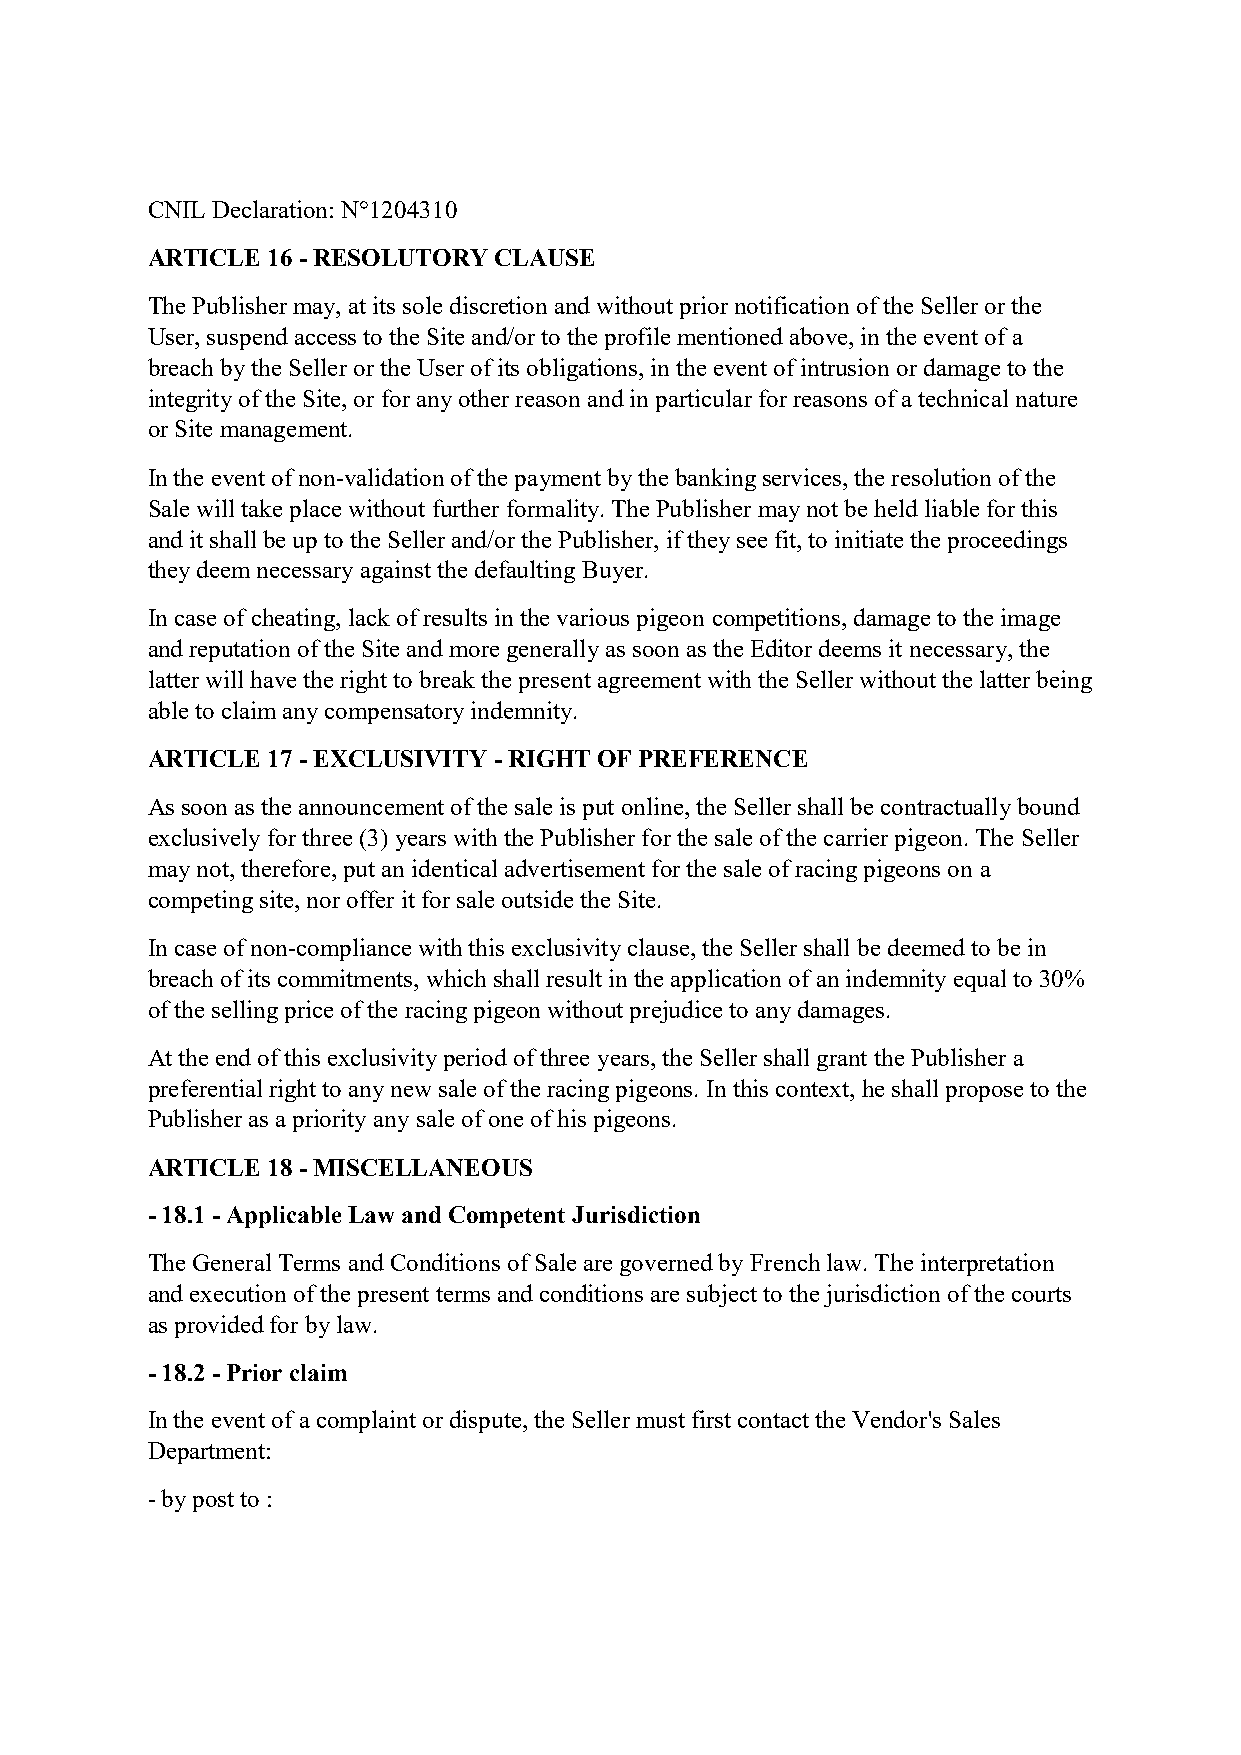
CNIL Declaration: N°1204310
 ARTICLE 16 - RESOLUTORY CLAUSE
 The Publisher may, at its sole discretion and without prior notification of the Seller or the
 User, suspend access to the Site and/or to the profile mentioned above, in the event of a
 breach by the Seller or the User of its obligations, in the event of intrusion or damage to the
 integrity of the Site, or for any other reason and in particular for reasons of a technical nature
 or Site management.
 In the event of non-validation of the payment by the banking services, the resolution of the
 Sale will take place without further formality. The Publisher may not be held liable for this
 and it shall be up to the Seller and/or the Publisher, if they see fit, to initiate the proceedings
 they deem necessary against the defaulting Buyer.
 In case of cheating, lack of results in the various pigeon competitions, damage to the image
 and reputation of the Site and more generally as soon as the Editor deems it necessary, the
 latter will have the right to break the present agreement with the Seller without the latter being
 able to claim any compensatory indemnity.
 ARTICLE 17 - EXCLUSIVITY - RIGHT OF PREFERENCE
 As soon as the announcement of the sale is put online, the Seller shall be contractually bound
 exclusively for three (3) years with the Publisher for the sale of the carrier pigeon. The Seller
 may not, therefore, put an identical advertisement for the sale of racing pigeons on a
 competing site, nor offer it for sale outside the Site.
 In case of non-compliance with this exclusivity clause, the Seller shall be deemed to be in
 breach of its commitments, which shall result in the application of an indemnity equal to 30%
 of the selling price of the racing pigeon without prejudice to any damages.
 At the end of this exclusivity period of three years, the Seller shall grant the Publisher a
 preferential right to any new sale of the racing pigeons. In this context, he shall propose to the
 Publisher as a priority any sale of one of his pigeons.
 ARTICLE 18 - MISCELLANEOUS
 - 18.1 - Applicable Law and Competent Jurisdiction
 The General Terms and Conditions of Sale are governed by French law. The interpretation
 and execution of the present terms and conditions are subject to the jurisdiction of the courts
 as provided for by law.
 - 18.2 - Prior claim
 In the event of a complaint or dispute, the Seller must first contact the Vendor's Sales
 Department:
 - by post to :